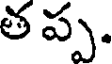
త ప్ప.